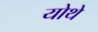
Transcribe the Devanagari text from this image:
योथे